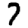
Digit: 7